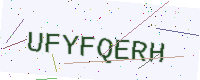
Text: UFYFQERH